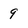
Character: 9